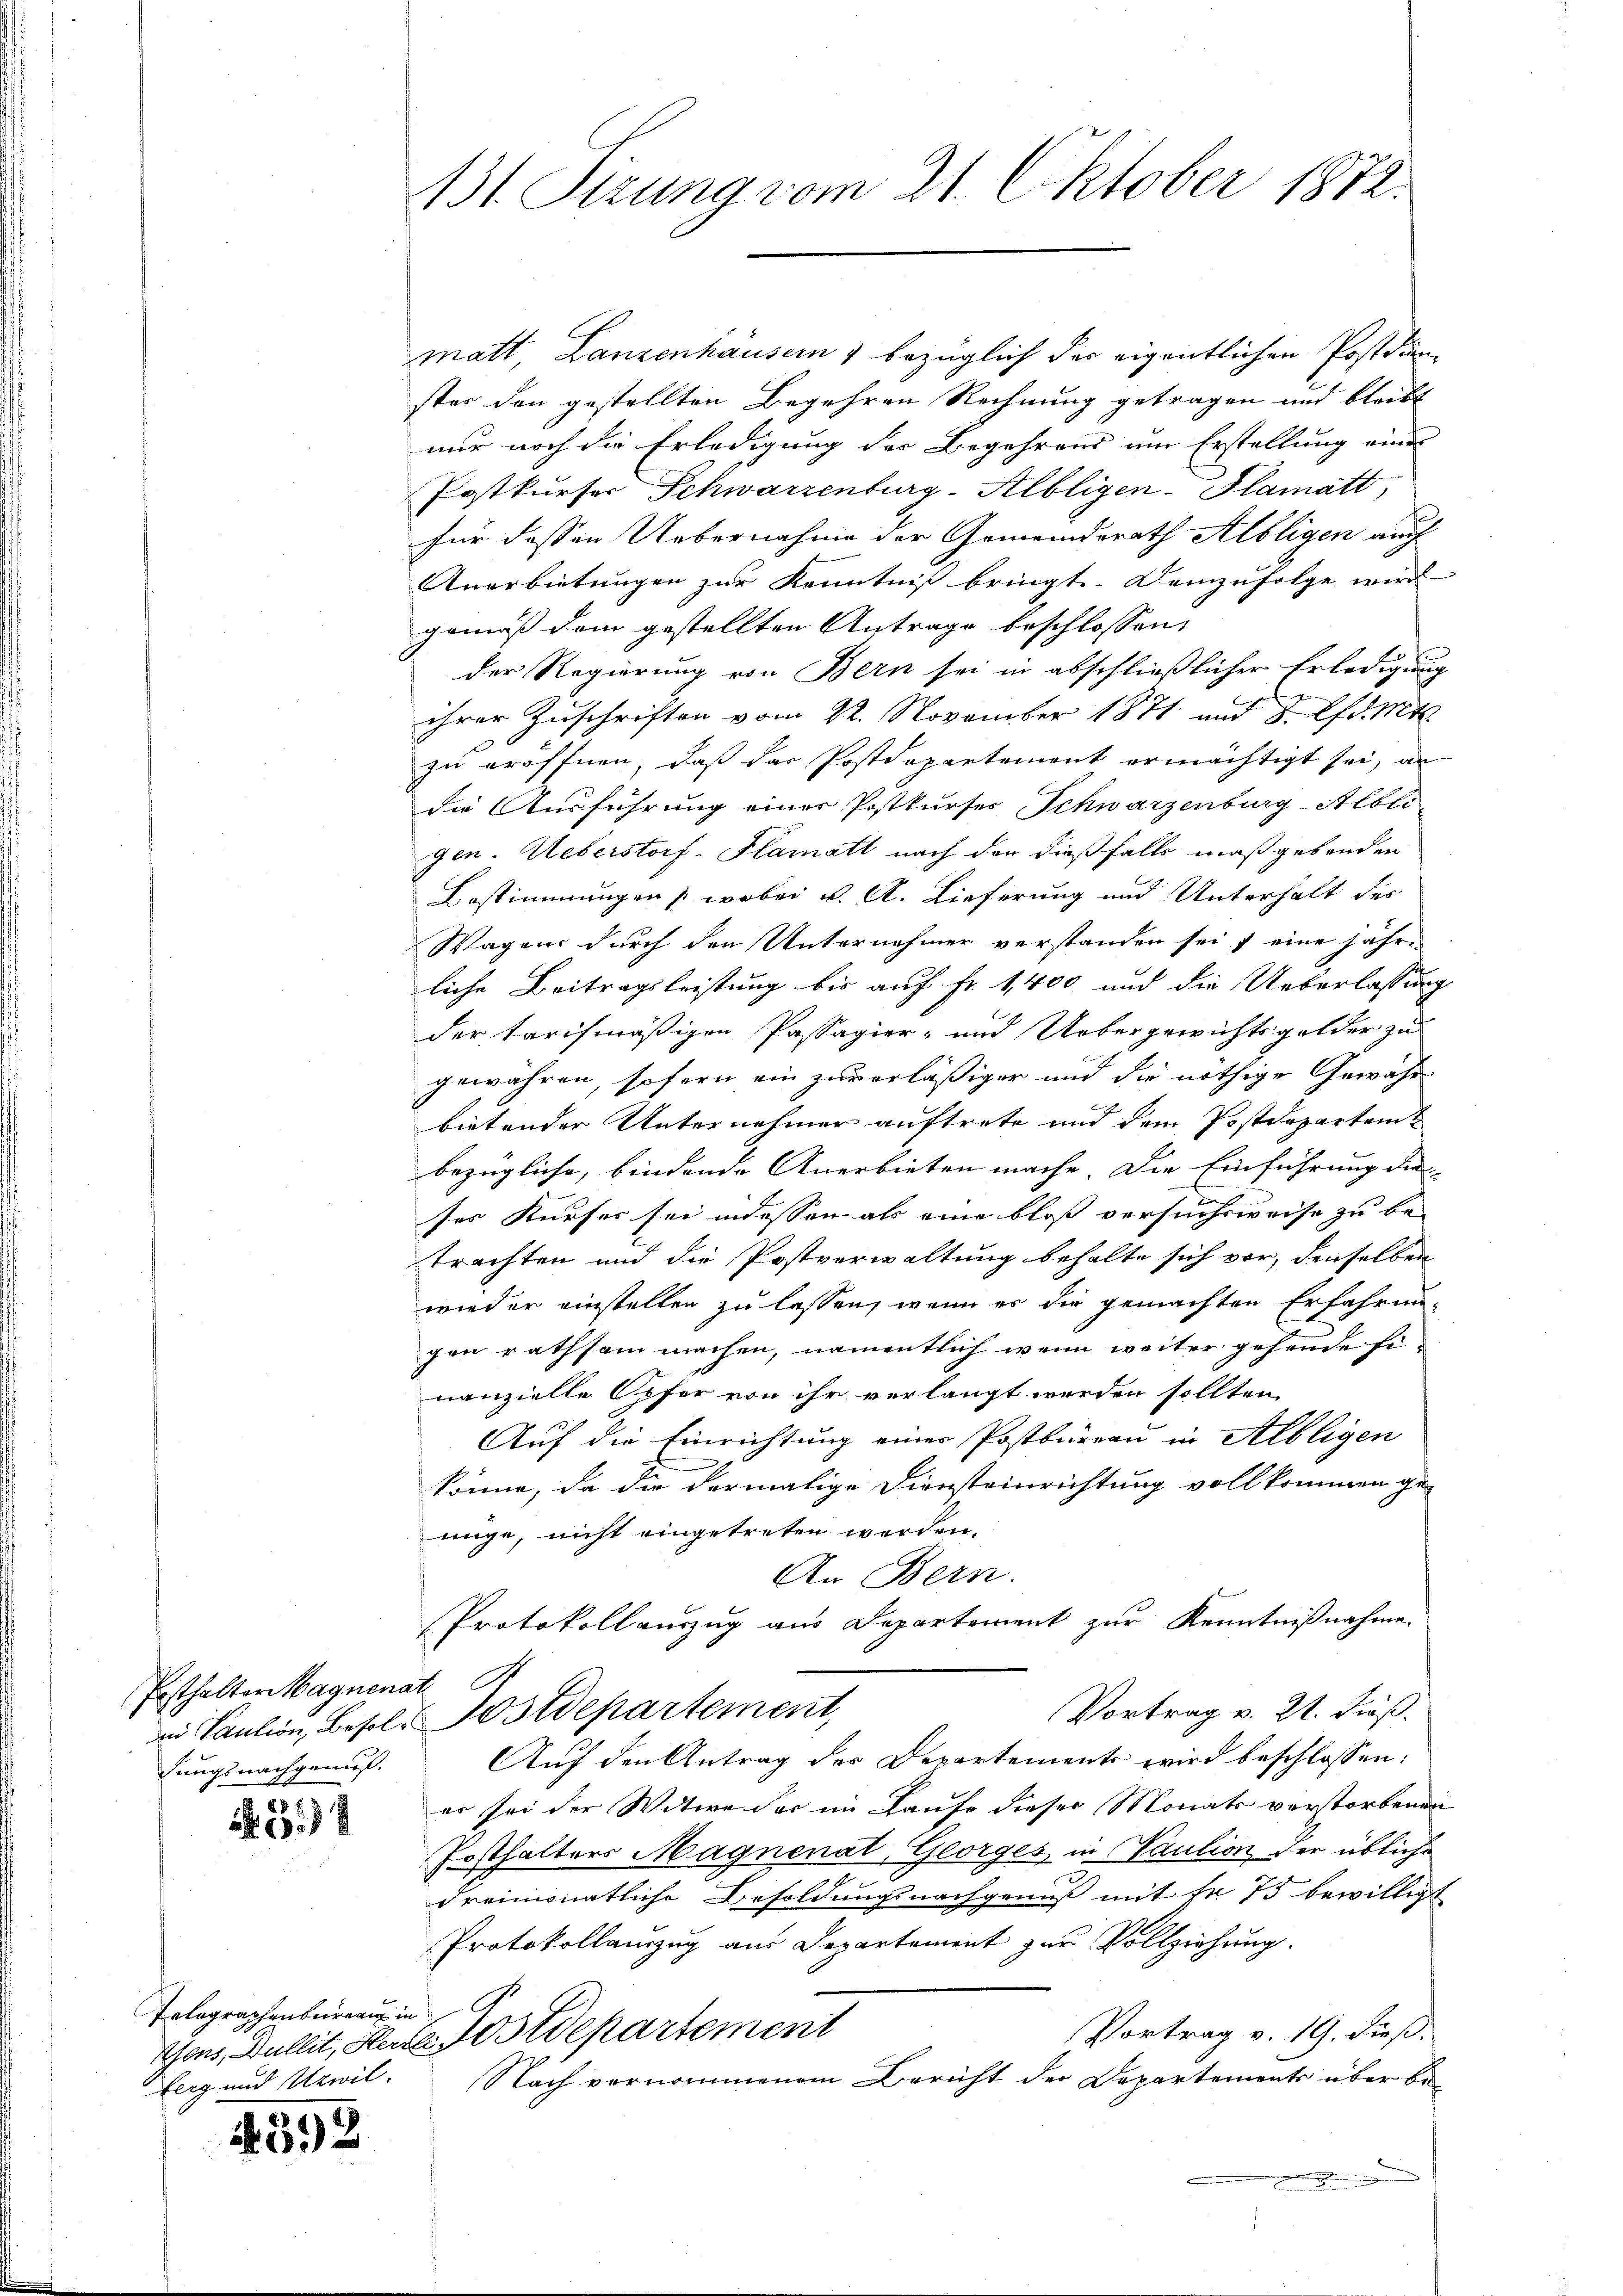
Posthalter Magnenat
fungsnachgenuß.

.22)

matt Lanzenhäusern & bezüglich der eigentlichen Postdienster den gestellten Begehren Rechnung getragen und bleibt
nur noch die Erledigung des Begehrens um Erstellung eine
Postkurser Schwarzenburg-Albligen-Plamatt,
für dessen Uebernahme der Gemeindsrath Albligen auch
Anerbietungen zur Kenntniß bringt. Demzufolge wird
gemäß dem gestellten Antrage beschlossen:
der Regierung von Bern sei in abschließlicher Erledigung
ihrer Zuschriften vom 22. November 1871 und 3. lfd. Mtt.
zu eröffnen, daß das Postdepartement ermächtigt sei, an
die Ausführung einer Postkurses Schwarzenburg-Albli
gen. Ueberstorf-Plamatt nach den dießfalls maßgebenden
Bestimmungen (wobei v. A. Lieferung und Unterhalt der
Wagens durch den Unternehmer verstanden sei, eine jähri
liche Beitragsleistung bis auf Fr. 1,400 und die Ueberlassung
der tarifmäßigen Passagier- und Uebergewichtsgelder zu
gewähren, sofern ein zuverläßiger und die nöthige Gewähr-
bietender Unternehmer auftrete und dem Postdepartem
bezügliche, bindende Anerbieten mache die Einführung die
ses Kurses sei indessen als eine bloss versuchsweise zu be-
trachten und die Postverwaltung behalte sich vor, denselben
wieder einstellen zu lassen, wenn es die gemachten Erfahrungen rathsam machen, namentlich wenn weiter gehende fi-
nanzielle Opfer von ihr verlangt werden sollten,
Auf die Einrichtung eines Postbüreau in Albligen
könne, da die vormalige Diensteinrichtung vollkommen ge-
nige, nicht eingetreten werden.
An Bern.
Protokollauszug aus Departement zur Kenntnißnahme.
Vortrag v. 21. Fuß.
in Kaution, Besol. Postdepartement,
Auf den Antrag des Departements wird beschlossen:
er sei der Witwe der im Laufe dieser Monats verstorbenen
Frsthalters Magnenat, Georges, in Paulion der übliche
dreimonatliche Besoldungsnachgenuß mit Fr. 75 bewilligt
Protokollanzug aus Departement zur Vollziehung.
Vortrag v. 19. dieß,
tons, Dullit, Herte Postdepartement
Nach vornommenem Bericht der Departements über be¬
.

Telegraphenbureau in
berg und Urwil.

4592

131. Sizung vom 21. Oktober 1872.